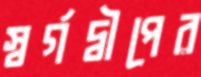
স্বর্গদ্বীপের